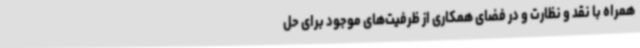
همراه با نقد و نظارت و در فضای همکاری از ظرفیت‌های موجود برای حل